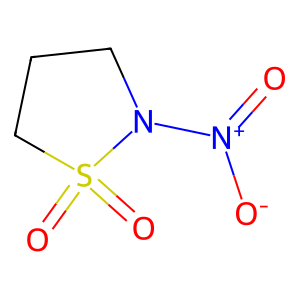
SMILES: O=[N+]([O-])N1CCCS1(=O)=O
Inhibits HIV replication: No